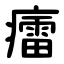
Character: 癗